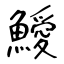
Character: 鱫